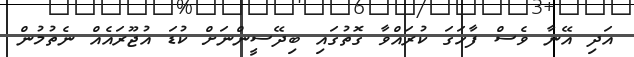
އަދި އޭނާ ވެސް ފާހަގަ ކުރައްވާ ގޮތުގައި ބިދޭސީންނަށް ކުޑަ އުޖޫރައެއް ނެތުމުން